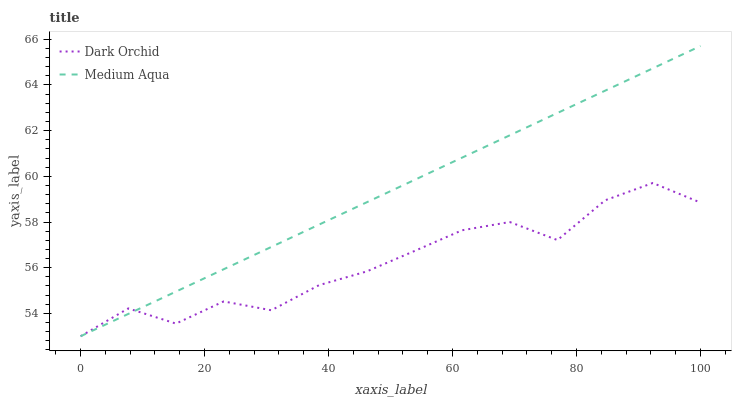
| xaxis_label | Dark Orchid | Medium Aqua |
 | --- | --- | --- |
 | 0 | 53 | 53 |
 | 7.69 | 54.2 | 54 |
 | 15.4 | 53.6 | 55 |
 | 23.1 | 54.5 | 55.9 |
 | 30.8 | 54.1 | 56.9 |
 | 38.5 | 55.2 | 57.9 |
 | 46.2 | 55.8 | 58.9 |
 | 53.8 | 56.7 | 59.8 |
 | 61.5 | 57.6 | 60.8 |
 | 69.2 | 58 | 61.8 |
 | 76.9 | 57.2 | 62.8 |
 | 84.6 | 59 | 63.8 |
 | 92.3 | 59.7 | 64.7 |
 | 100 | 58.9 | 65.7 |